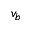
v _ { b }